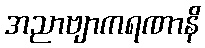
အညာဗျာကရဏာနိ